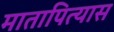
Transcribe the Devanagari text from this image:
मातापित्यास